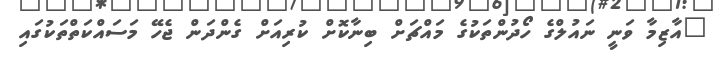
"އާޒިމާ ވަނީ ނައުލްގެ ހޯދުންތަކުގެ މައްޗަށް ބިނާކޮށް ކުރިއަށް ގެންދަން ޖެހޭ މަސައްކަތްތަކުގައި